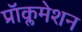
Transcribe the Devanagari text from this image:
प्रॉक्लमेशन